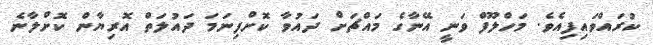
ކުރައްވައިފިއެވެ. މަހްލޫފް ވަނީ އޭނާގެ މައްޗަށް ދައުވާ ކޮށްފިނަމަ ދައުލަތް އޮރިޔާން ކޮށްލާނެ